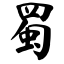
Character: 蜀